Indian journal of veterinary science and animal husbandry - Volume 3,
Year: 1933
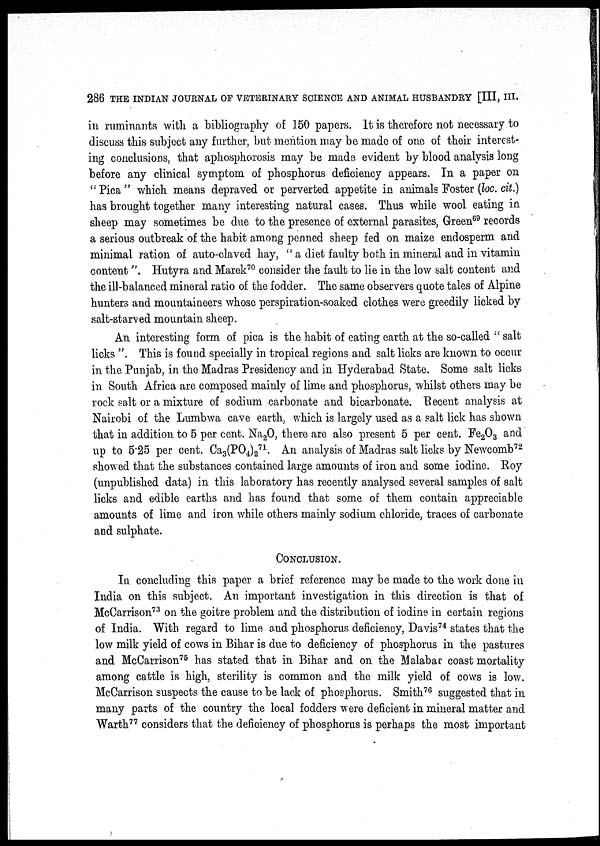
286 THE INDIAN JOURNAL OF VETERINARY SCIENCE AND ANIMAL HUSBANDRY [III, III.
in ruminants with a bibliography of 150 papers. It is therefore not necessary to
discuss this subject any further, but mention may be made of one of their interest-
ing conclusions, that aphosphorosis may be made evident by blood analysis long
before any clinical symptom of phosphorus deficiency appears. In a paper on
"Pica" which means depraved or perverted appetite in animals Foster (loc. cit.)
has brought together many interesting natural cases. Thus while wool eating in
sheep may sometimes be due to the presence of external parasites, Green 69 records
a serious outbreak of the habit among penned sheep fed on maize endosperm and
minimal ration of auto-claved hay, " a diet faulty both in mineral and in vitamin
content". Hutyra and Marek 70 consider the fault to lie in the low salt content and
the ill-balanced mineral ratio of the fodder. The same observers quote tales of Alpine
hunters and mountaineers whose perspiration-soaked clothes were greedily licked by
salt-starved mountain sheep.
An interesting form of pica is the habit of eating earth at the so-called " salt
licks ". This is found specially in tropical regions and salt licks are known to occur
in the Punjab, in the Madras Presidency and in Hyderabad State. Some salt licks
in South Africa are composed mainly of lime and phosphorus, whilst others may be
rock salt or a mixture of sodium carbonate and bicarbonate. Recent analysis at
Nairobi of the Lumbwa cave earth, which is largely used as a salt lick has shown
that in addition to 5 per cent. Na 2 O, there are also present 5 per cent. Fe 2 O 3 and
up to 5.25 per cent. Ca 3 (PO 4 ) 2
71
. An analysis of Madras salt licks by Newcomb 72
showed that the substances contained large amounts of iron and some iodine. Roy
(unpublished data) in this laboratory has recently analysed several samples of salt
licks and edible earths and has found that some of them contain appreciable
amounts of lime and iron while others mainly sodium chloride, traces of carbonate
and sulphate.
CONCLUSION.
In concluding this paper a brief reference may be made to the work done in
India on this subject. An important investigation in this direction is that of
McCarrison 73 on the goitre problem and the distribution of iodine in certain regions
of India. With regard to lime and phosphorus deficiency, Davis 74 states that the
low milk yield of cows in Bihar is due to deficiency of phosphorus in the pastures
and McCarrison 75 has stated that in Bihar and on the Malabar coast mortality
among cattle is high, sterility is common and the milk yield of cows is low.
McCarrison suspects the cause to be lack of phosphorus. Smith 76 suggested that in
many parts of the country the local fodders were deficient in mineral matter and
Warth 77 considers that the deficiency of phosphorus is perhaps the most important